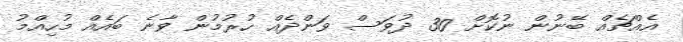
އެއްޗެއް ބޭނުން ނުކޮށް 30 ދުވަސް ވަންދެއް ހުރުމުން ވާނެ ބައެއް މުހިއްމު